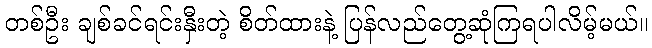
တစ်ဦး ချစ်ခင်ရင်းနှီးတဲ့ စိတ်ထားနဲ့ ပြန်လည်တွေ့ဆုံကြရပါလိမ့်မယ်။